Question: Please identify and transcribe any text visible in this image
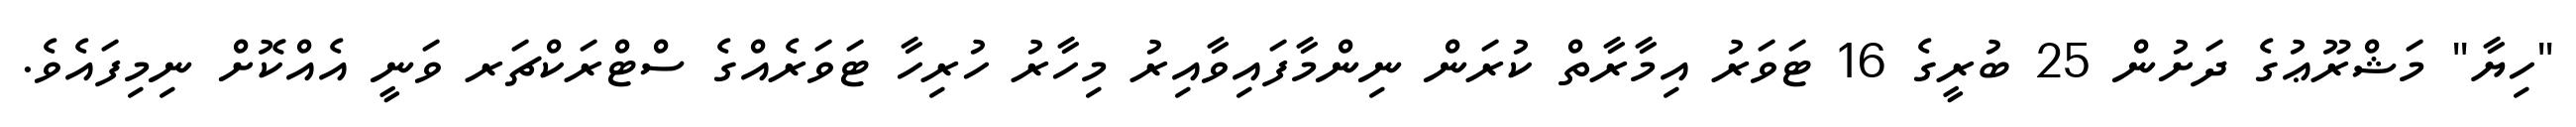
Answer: "ހިޔާ" މަޝްރޫޢުގެ ދަށުން 25 ބުރީގެ 16 ޓަވަރު އިމާރާތް ކުރަން ނިންމާފައިވާއިރު މިހާރު ހުރިހާ ޓަވަރެއްގެ ސްޓްރަކްޗަރ ވަނީ އެއްކޮށް ނިމިފައެވެ.